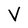
Character: V